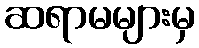
ဆရာမများမှ